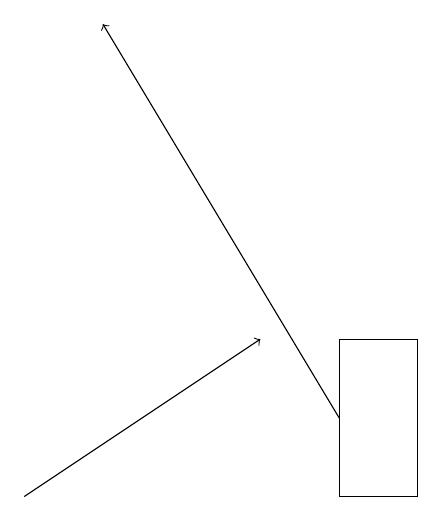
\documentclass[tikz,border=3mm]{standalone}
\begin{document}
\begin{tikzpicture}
\draw (4,13) rectangle (5,11);
\draw[->] (4,12) -- (1,17);
\draw[->] (0,11) -- (3,13);
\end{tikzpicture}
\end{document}